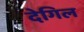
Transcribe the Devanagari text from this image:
देगिल